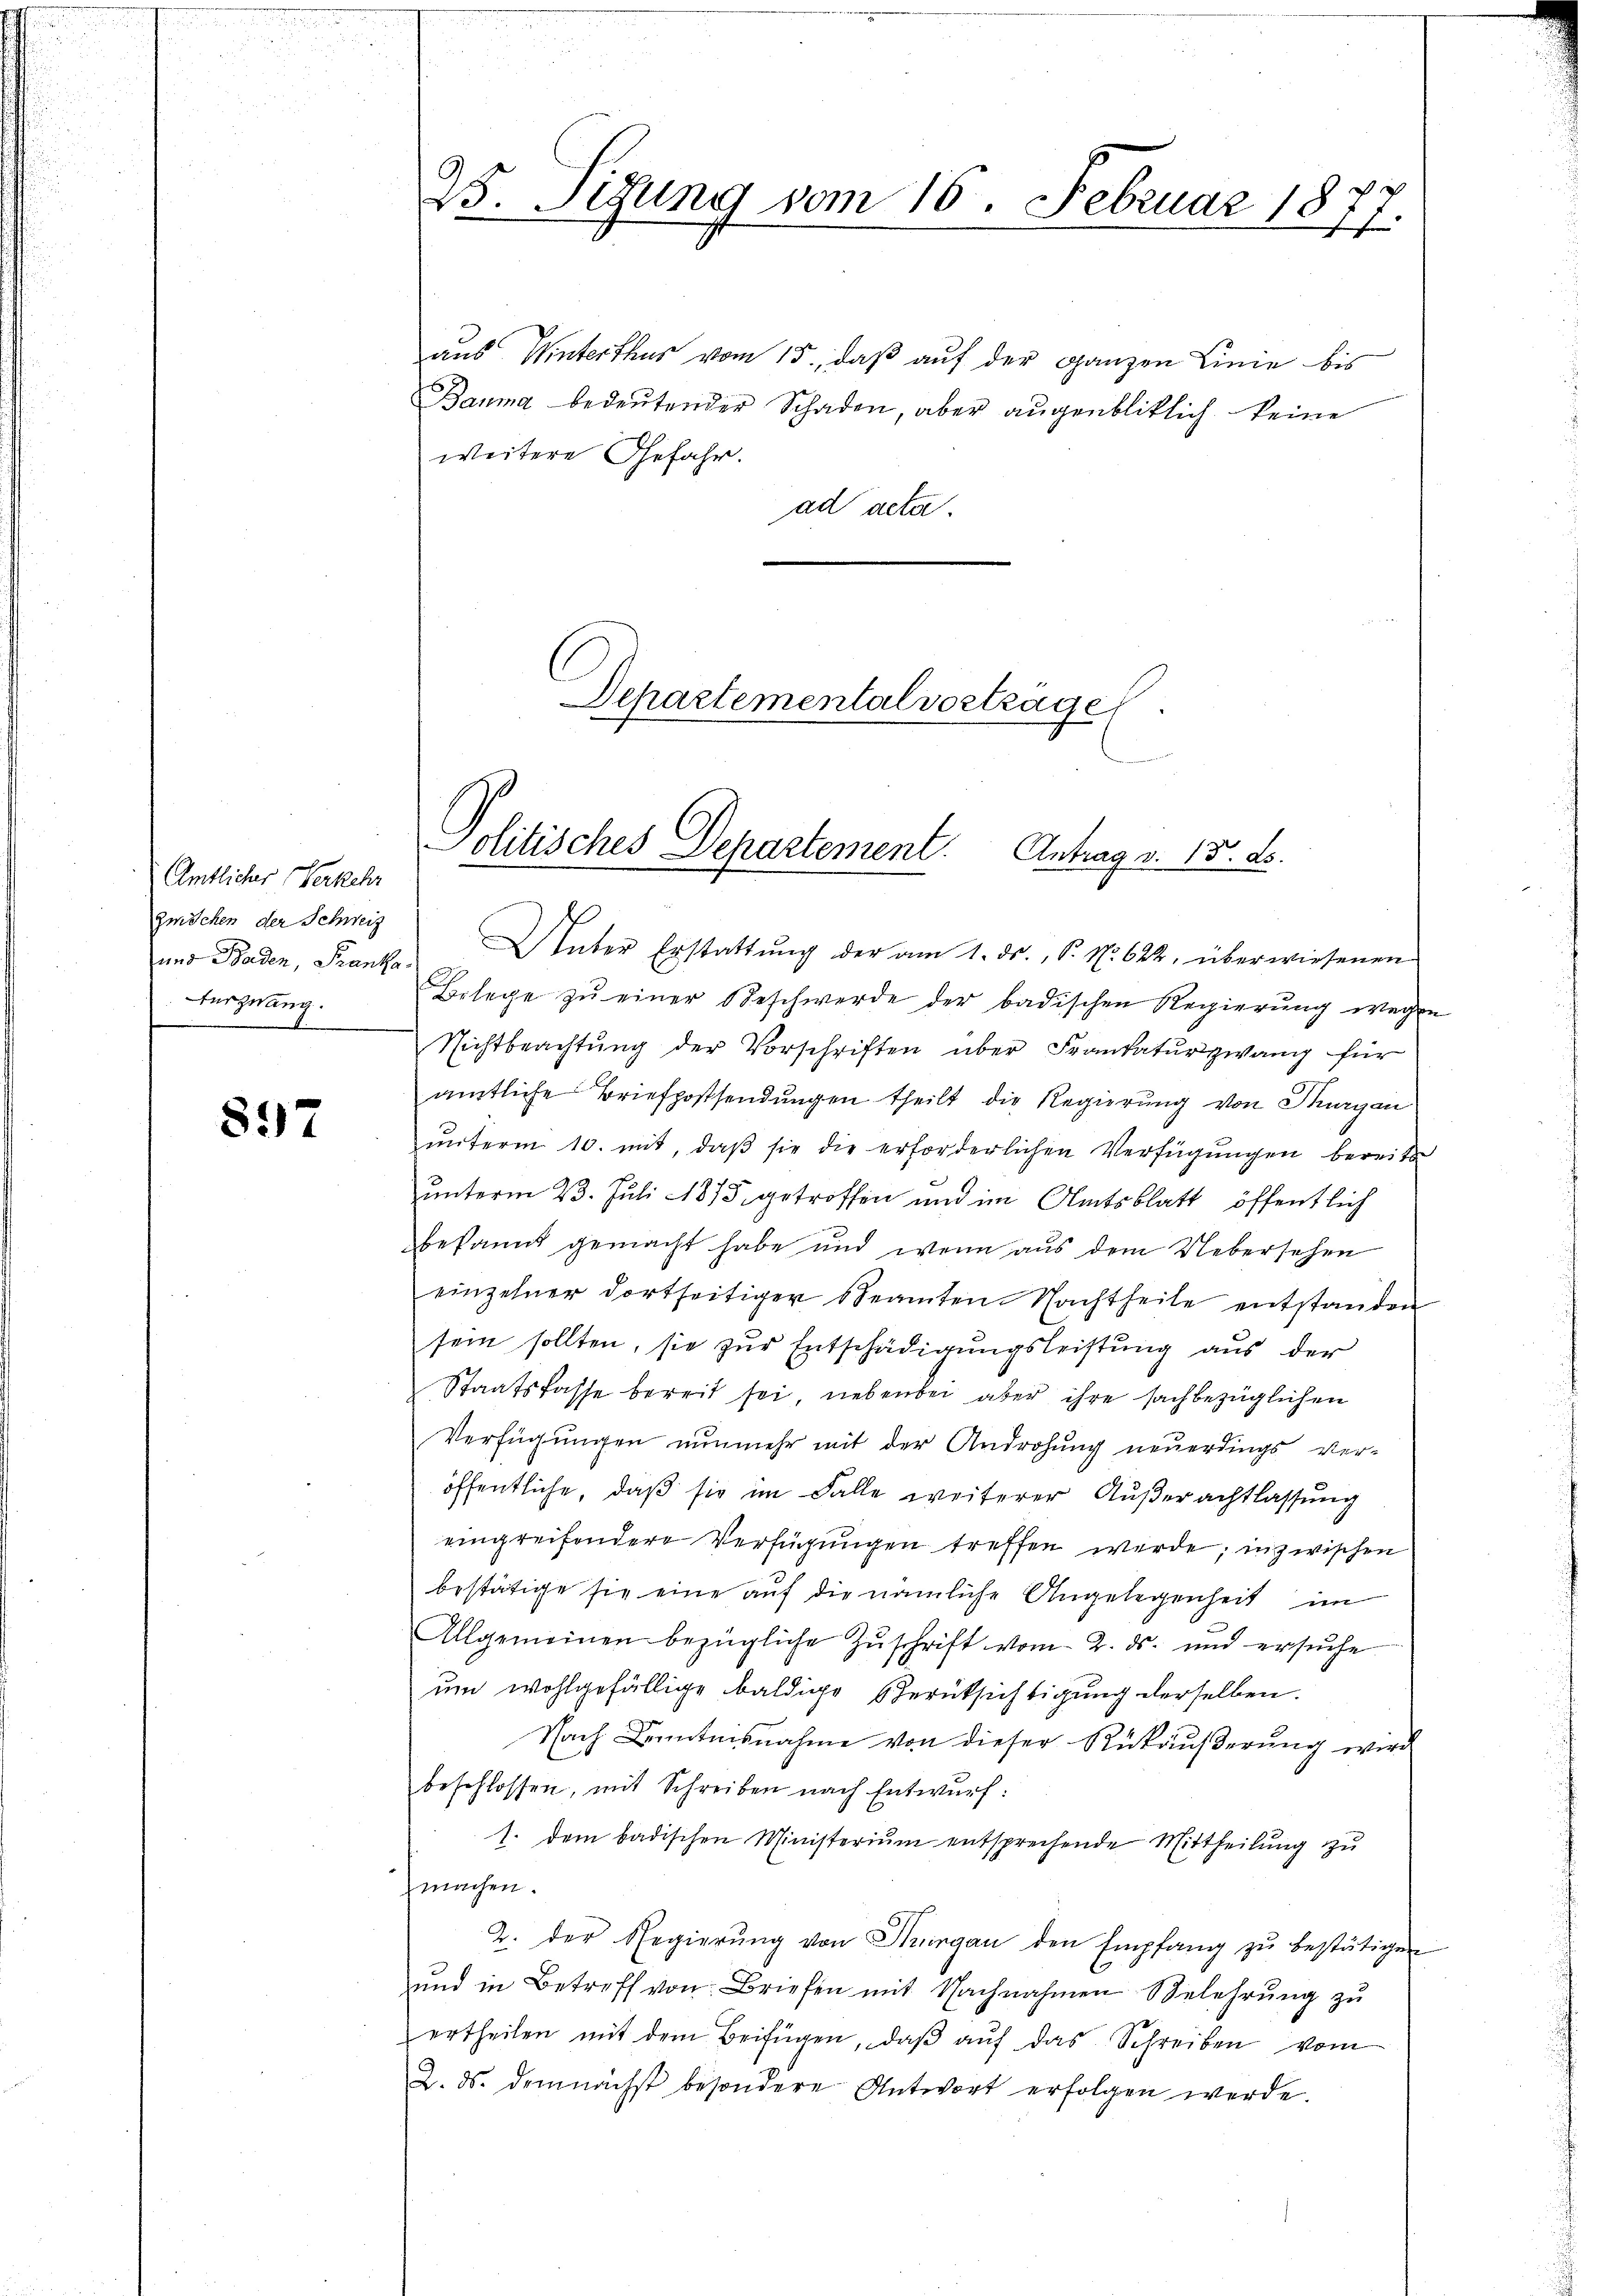
Amtlicher Verkehr
Zwöchen der Schweiz
und Baden, Franka¬
Furzwang.

897

23. Sizung vom 16. Februar 18
1

aus Winterthus vom 15., daß auf der ganzen Linie bis
Bauma bedeutender Schaden, aber augenbliklich keine
weitere Gefahr.
ad acta.
Departemental vortrage

Setten an der einen die er
Politisches Departement. Antrag v. 13. ds.

Unter Erstattung der am 1. ds., P. Nr. 622, überwiesenen
Belege zŭ einer Beschwerde der badischen Regierŭng wegen
Nichtbeachtung der Vorschriften über Frankaturzwang für
amtliche Briefpostsendŭngen theilt die Regierung von Thurgau
ŭnterm 10. mit, daβ sie die erforderlichen Verfügŭngen bereits
unterm 23. Juli 1875 getroffen und im Amtsblatt öffentlich
bekannt gemacht habe und wenn aus dem Uebersehen
einzelner dortseitiger Beamten Nachtheile entstanden
sein sollten, sie zur Entschädigungsleistung aus der
Staatskasse bereit sei, nebenbei aber ihre sachbezüglichen
Verfügungen nunmehr mit der Androhung neuerdings ver-
öffentliche, daß sie im Falle weiterer Außerachtlassung
eingreifendere Verfügungen treffen werde; inzwischen
bestätige sie eine auf die nämliche Angelegenheit im
Allgemeinen bezügliche Zŭschrift vom 2. ds. und ersŭche
um wohlgefällige baldige Berüksichtigung derselben.
Nach Kenntnisnahme von dieser Rückäußerung wird
beschlossen, mit Schreiben nach Entwurf:
s. dem badischen Ministerium entsprechende Mittheilŭng zu
fmachen.
2. der Regierŭng von Thurgau den Empfang zŭ bestätigen
ŭnd in Betreff von Briefen mit Nachnahmen Belehrŭng zŭ
ertheilen mit dem Beifügen, daβ aŭf das Schreiben vom
2. ds. demnächst besondere Antwort erfolgen werde.